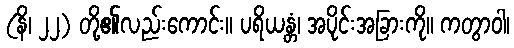
(နိ၊ ၂၂) တို့၏လည်းကောင်း။ ပရိယန္တံ၊ အပိုင်းအခြားကို။ ကတွာဝါ၊